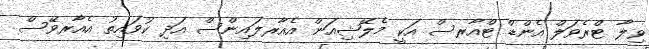
ވިލާ ޓްރެވަލް އެންޑް ޓްއާރސް އަކީ މެލޭޝިއަން އެއާރލައިންސް އަދި ކުވައިތު އެއާރވޭސް